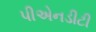
પીએનડીટી